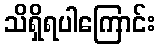
သိရှိရပါကြောင်း